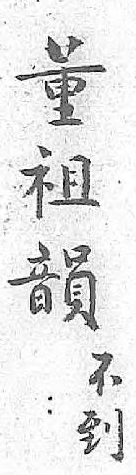
董不祖到韻